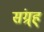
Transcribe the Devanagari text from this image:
संग्र्ह्